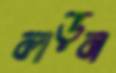
লড়ন